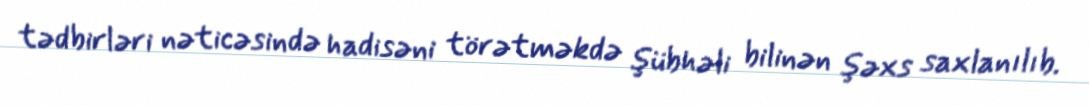
tədbirləri nəticəsində hadisəni törətməkdə şübhəli bilinən şəxs saxlanılıb.